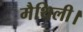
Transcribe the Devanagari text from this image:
मैथिली।